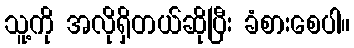
သူ့ကို အလိုရှိတယ်ဆိုပြီး ခံစားစေပါ။